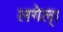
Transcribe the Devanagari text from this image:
लगेल्।